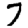
Digit: 7